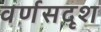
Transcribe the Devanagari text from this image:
वर्णसदृश